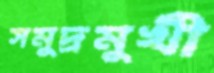
সমুদ্রমুখী